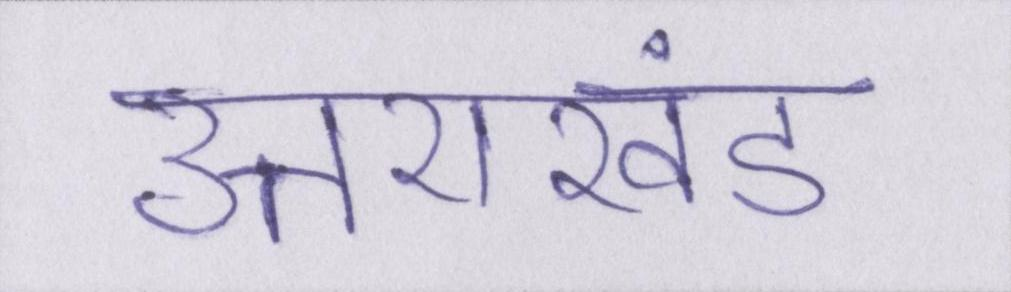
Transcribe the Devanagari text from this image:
उत्तराखंड